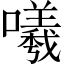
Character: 𭌟